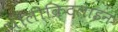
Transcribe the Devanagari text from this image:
पॉलीक्रिटलाइन